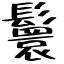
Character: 鬟